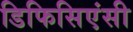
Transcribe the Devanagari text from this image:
डिफिसिएंसी